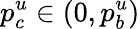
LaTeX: p_{c}^{u}\in(0,p_{b}^{u})